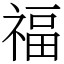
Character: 福